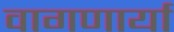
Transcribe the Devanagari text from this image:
वागणार्या